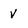
Character: V